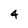
Character: 4